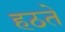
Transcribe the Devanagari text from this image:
हठते